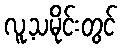
လူ့သမိုင်းတွင်